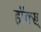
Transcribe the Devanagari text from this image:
हॉक्स्